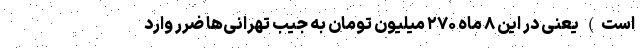
است) یعنی در این ۸ ماه ۲۷۰ میلیون تومان به جیب تهرانی‌ها ضرر وارد